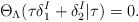
\begin{align*}\Theta_{\Lambda}(\tau\delta_{1}^{I}+\delta_{2}^{I}|\tau)=0.\end{align*}